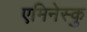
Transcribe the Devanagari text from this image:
एमिनेस्कु